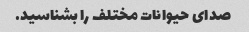
صدای حیوانات مختلف را بشناسید.